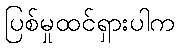
ပြစ်မှုထင်ရှားပါက